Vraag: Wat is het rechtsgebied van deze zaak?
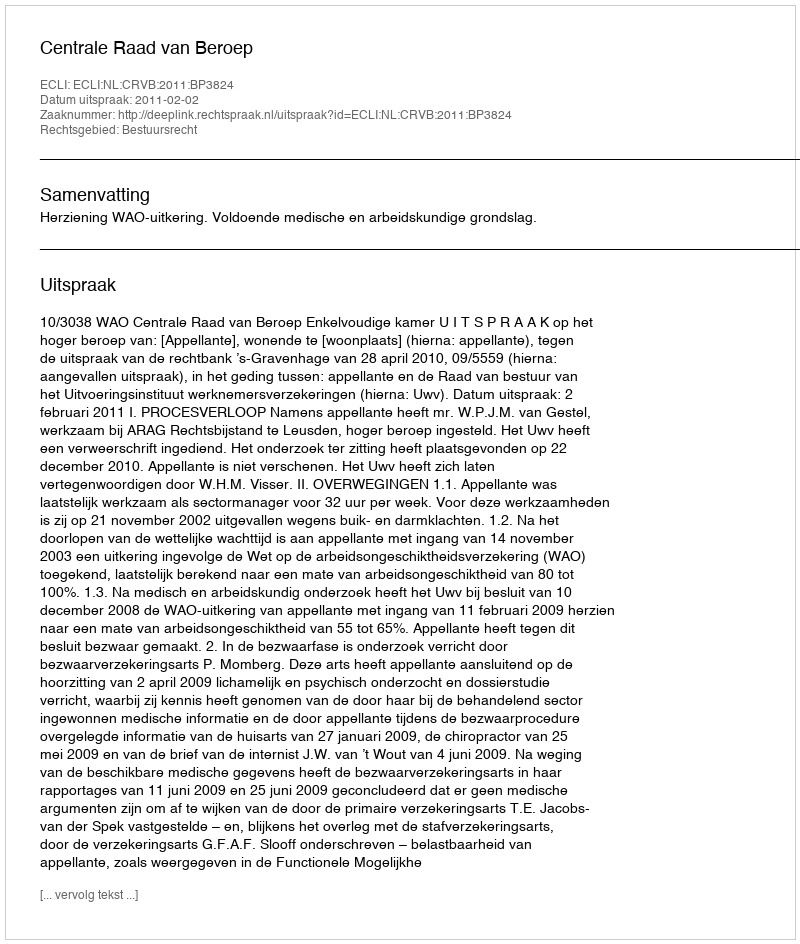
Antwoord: Bestuursrecht